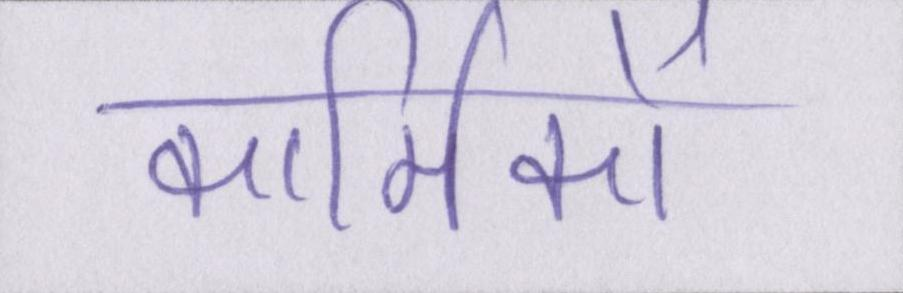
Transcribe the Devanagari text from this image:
कार्मिकों